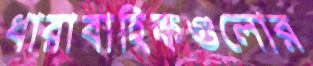
ধারাবাহিকগুলোর